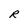
Character: R